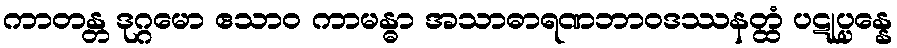
ကာတန္တ ဒုဂ္ဂမော ဧသာဝ ကာမန္ဓာ အသာဓာရဏဘာဝဒဿနတ္ထံ ပဋုပ္ပန္နေ